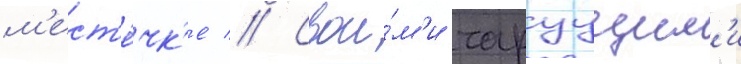
м'ест'е́чк'е // Свои́м'и чаруущим'и